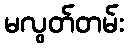
မလွတ်တမ်း